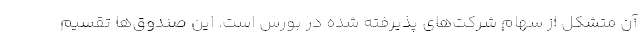
آن متشکل از سهام شرکت‌های پذیرفته شده در بورس است. این صندوق‌ها تقسیم